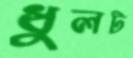
ধুলট